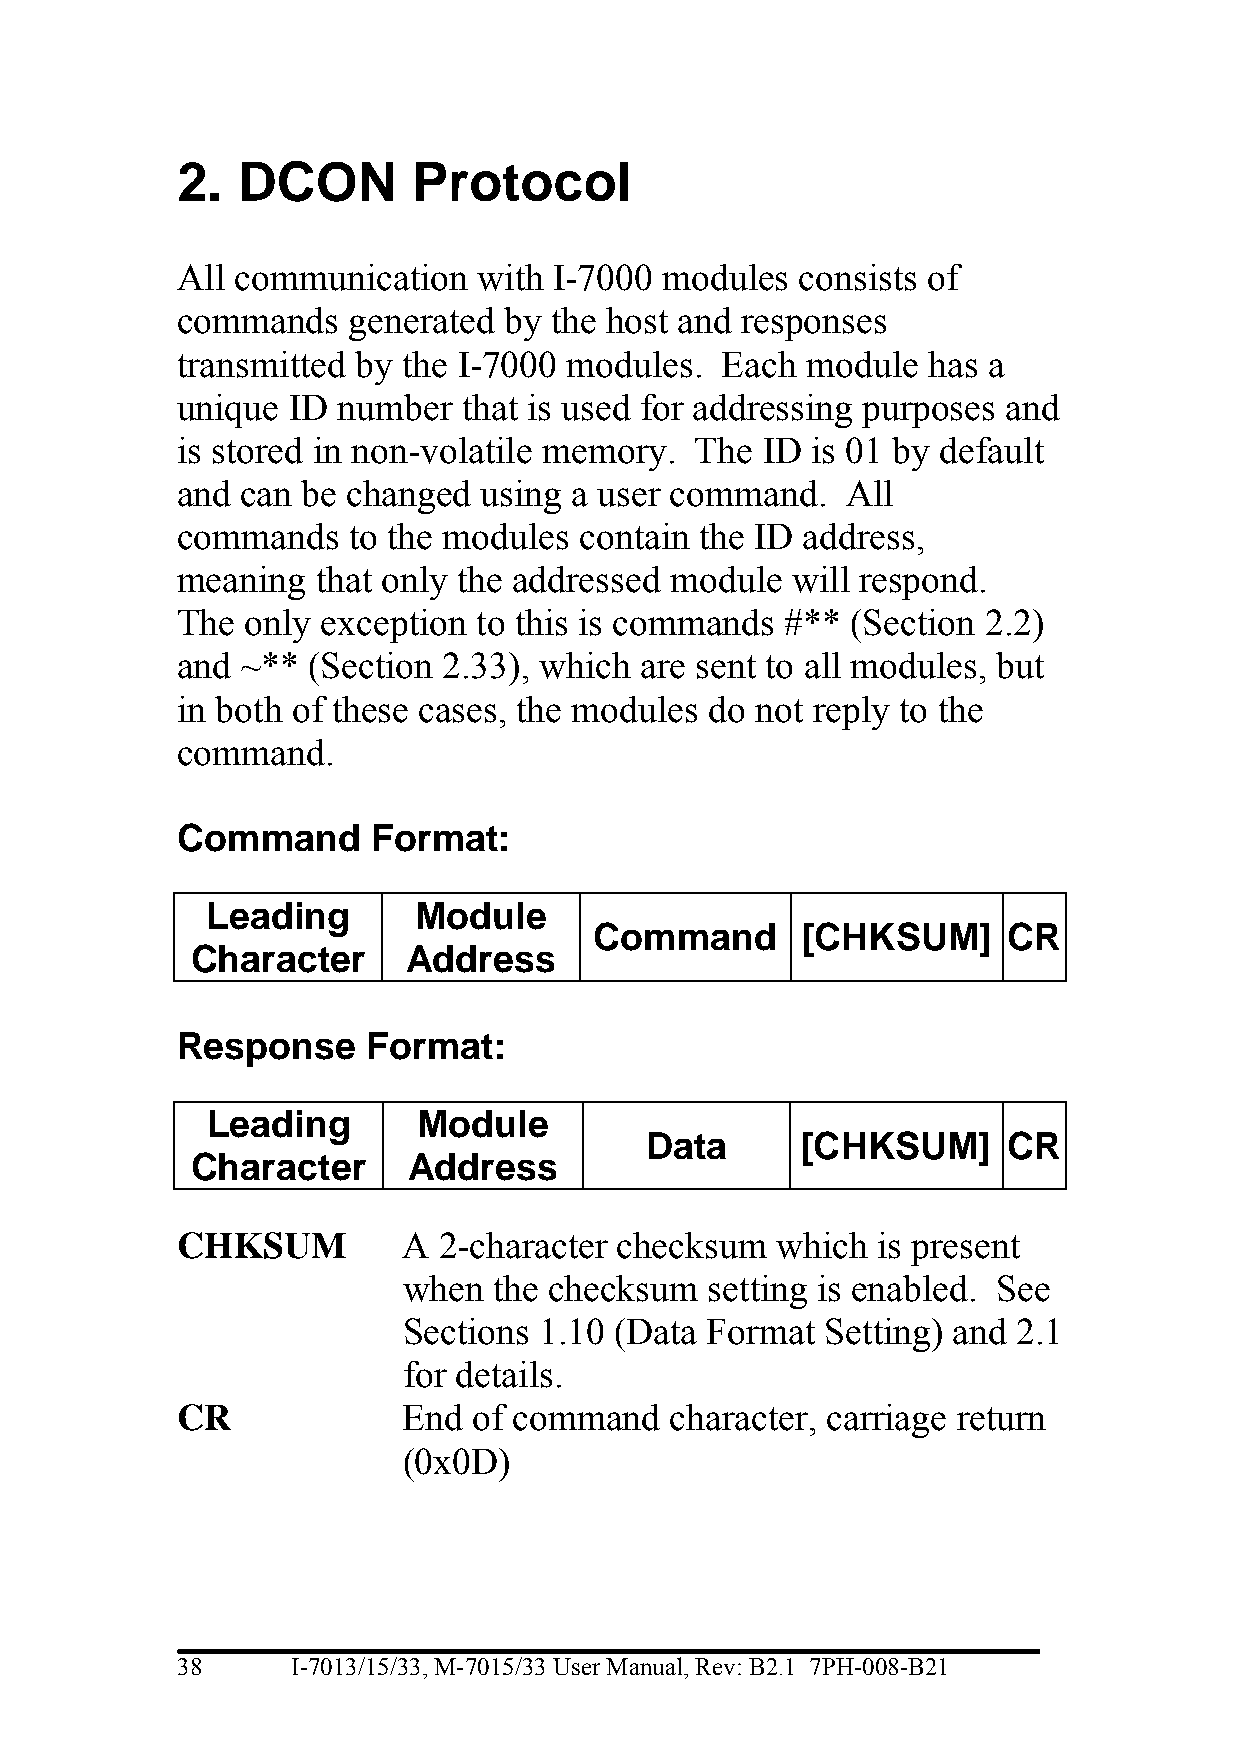
2.  DCON       Protocol
 All communication   with I-7000 modules  consists of
 commands   generated by the host and responses
 transmitted by the I-7000 modules.  Each module  has a
 unique ID number   that is used for addressing purposes and
 is stored in non-volatile memory. The ID  is 01 by default
 and can be changed  using a user command.   All
 commands   to the modules contain the ID address,
 meaning  that only the addressed module will respond.
 The only exception  to this is commands #** (Section 2.2)
 and ~** (Section 2.33), which are sent to all modules, but
 in both of these cases, the modules do not reply to the
 command.
 Command      Format:
 Leading      Module
 Command       [CHKSUM]      CR
 Character     Address
 Response    Format:
 Leading       Module
 Data      [CHKSUM]      CR
 Character     Address
 CHKSUM         A 2-character checksum  which  is present
 when  the checksum  setting is enabled. See
 Sections 1.10 (Data Format  Setting) and 2.1
 for details.
 CR             End of command   character, carriage return
 (0x0D)
 38     I-7013/15/33, M-7015/33 User Manual, Rev: B2.1 7PH-008-B21